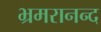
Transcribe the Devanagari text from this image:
भ्रमरानन्‍द